Lunatic asylums Punjab 1881-1894 - 1881-1894
Year: 1881
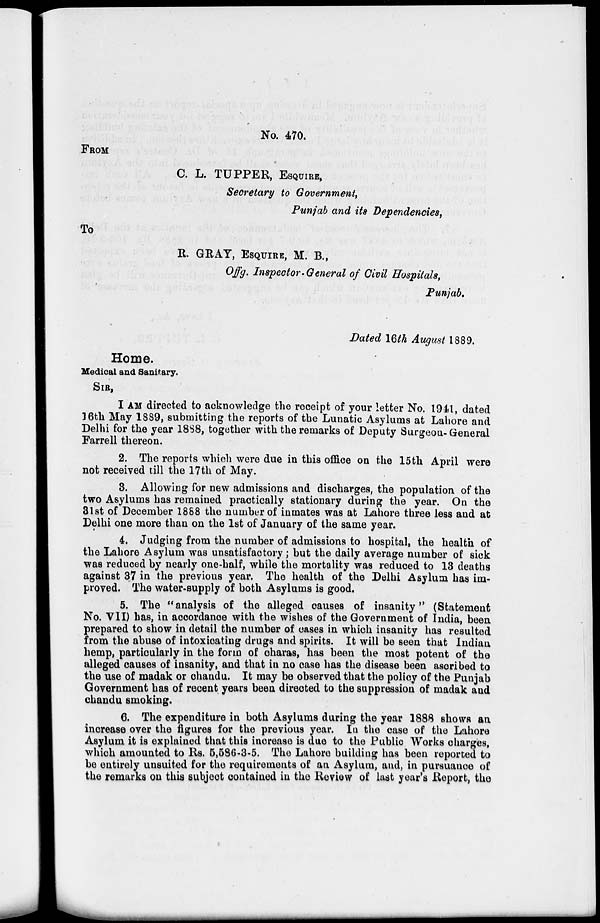
No. 470.
FROM
C. L. TUPPER, ESQUIRE,
Secretary to Government,
Punjab and its Dependencies,
TO
R. GRAY, ESQUIRE, M. B.,
Offg. Inspector-General of Civil Hospitals,
Punjab.
Dated 16th August 1889.
Home.
Medical and Sanitary.
SIR,
I AM directed to acknowledge the receipt of your letter No. 1941, dated
16th May 1889, submitting the reports of the Lunatic Asylums at Lahore and
Delhi for the year 1888, together with the remarks of Deputy Surgeon-General
Farrell thereon.
2. The reports which were due in this office on the 15th April were
not received till the 17th of May.
3. Allowing for new admissions and discharges, the population of the
two Asylums has remained practically stationary during the year. On the
31st of December 1888 the number of inmates was at Lahore three less and at
Delhi one more than on the 1st of January of the same year.
4. Judging from the number of admissions to hospital, the health of
the Lahore Asylum was unsatisfactory; but the daily average number of sick
was reduced by nearly one-half, while the mortality was reduced to 13 deaths
against 37 in the previous year. The health of the Delhi Asylum has im-
proved. The water-supply of both Asylums is good.
5. The "analysis of the alleged causes of insanity " (Statement
No. VII) has, in accordance with the wishes of the Government of India, been
prepared to show in detail the number of cases in which insanity has resulted
from the abuse of intoxicating drugs and spirits. It will be seen that Indian
hemp, particularly in the form of charas, has been the most potent of the
alleged causes of insanity, and that in no case has the disease been ascribed to
the use of madak or chandu. It may be observed that the policy of the Punjab
Government has of recent years been directed to the suppression of madak and
chandu smoking.
6. The expenditure in both Asylums during the year 1888 shows an
increase over the figures for the previous year. In the case of the Lahore
Asylum it is explained that this increase is due to the Public Works charges,
which amounted to Rs. 5,586-3-5. The Lahore building has been reported to
be entirely unsuited for the requirements of an Asylum, and, in pursuance of
the remarks on this subject contained in the Review of last year's Report, the